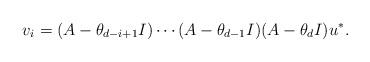
\begin{align*}v_i = (A-\theta_{d-i+1}I) \cdots (A-\theta_{d-1}I)(A-\theta_{d}I)u^*.\end{align*}